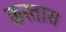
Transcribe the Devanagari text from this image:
करतार।